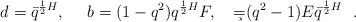
LaTeX: \begin{align*}d=\bar q^{{1\over 2}H},\ \ \ \ b=(1-q^2)q^{{1\over 2}H}F,\ \ \ \c=(q^2-1)E\bar q^{{1\over 2}H}\ \ .\end{align*}